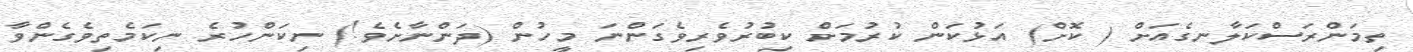
ތިމަންރަސްކަލާނގެއަށް ( ކޮށް) އަޅުކަން ކުރުމަށް ކިބުރުވެރިވެގަންނަ މީހުން (ދަންނާށެވެ!) ނިކަންހުރެ ނިކަމެތިވެގެންވާ